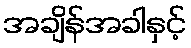
အချိန်အခါနှင့်